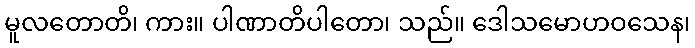
မူလတောတိ၊ ကား။ ပါဏာတိပါတော၊ သည်။ ဒေါသမောဟဝသေန၊